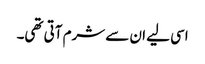
اسی لیے ان سے شرم آتی تھی۔